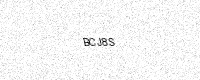
Text: BCJ8S